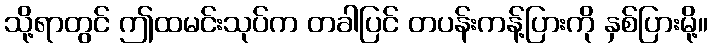
သို့ရာတွင် ဤထမင်းသုပ်က တခါပြင် တပန်းကန့်ပြားကို နှစ်ပြားမို့။